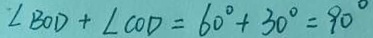
\angle B O D + \angle C O D = 6 0 ^ { \circ } + 3 0 ^ { \circ } = 9 0 ^ { \circ }